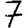
Digit: 7